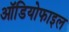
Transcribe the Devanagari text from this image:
ऑडियोफाइल